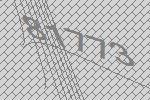
81773